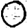
Digit: 0